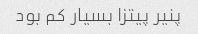
پنیر پیتزا بسیار کم بود